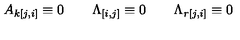
A _ { k [ j , i ] } \equiv 0 \qquad \Lambda _ { [ i , j ] } \equiv 0 \qquad \Lambda _ { r [ j , i ] } \equiv 0